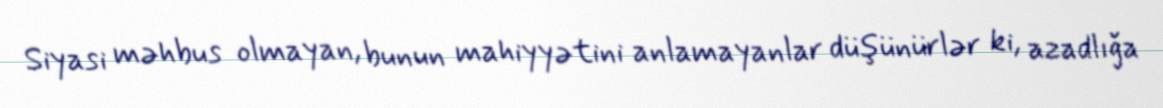
Siyasi məhbus olmayan, bunun mahiyyətini anlamayanlar düşünürlər ki, azadlığa